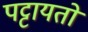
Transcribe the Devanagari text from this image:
पट्टायतों